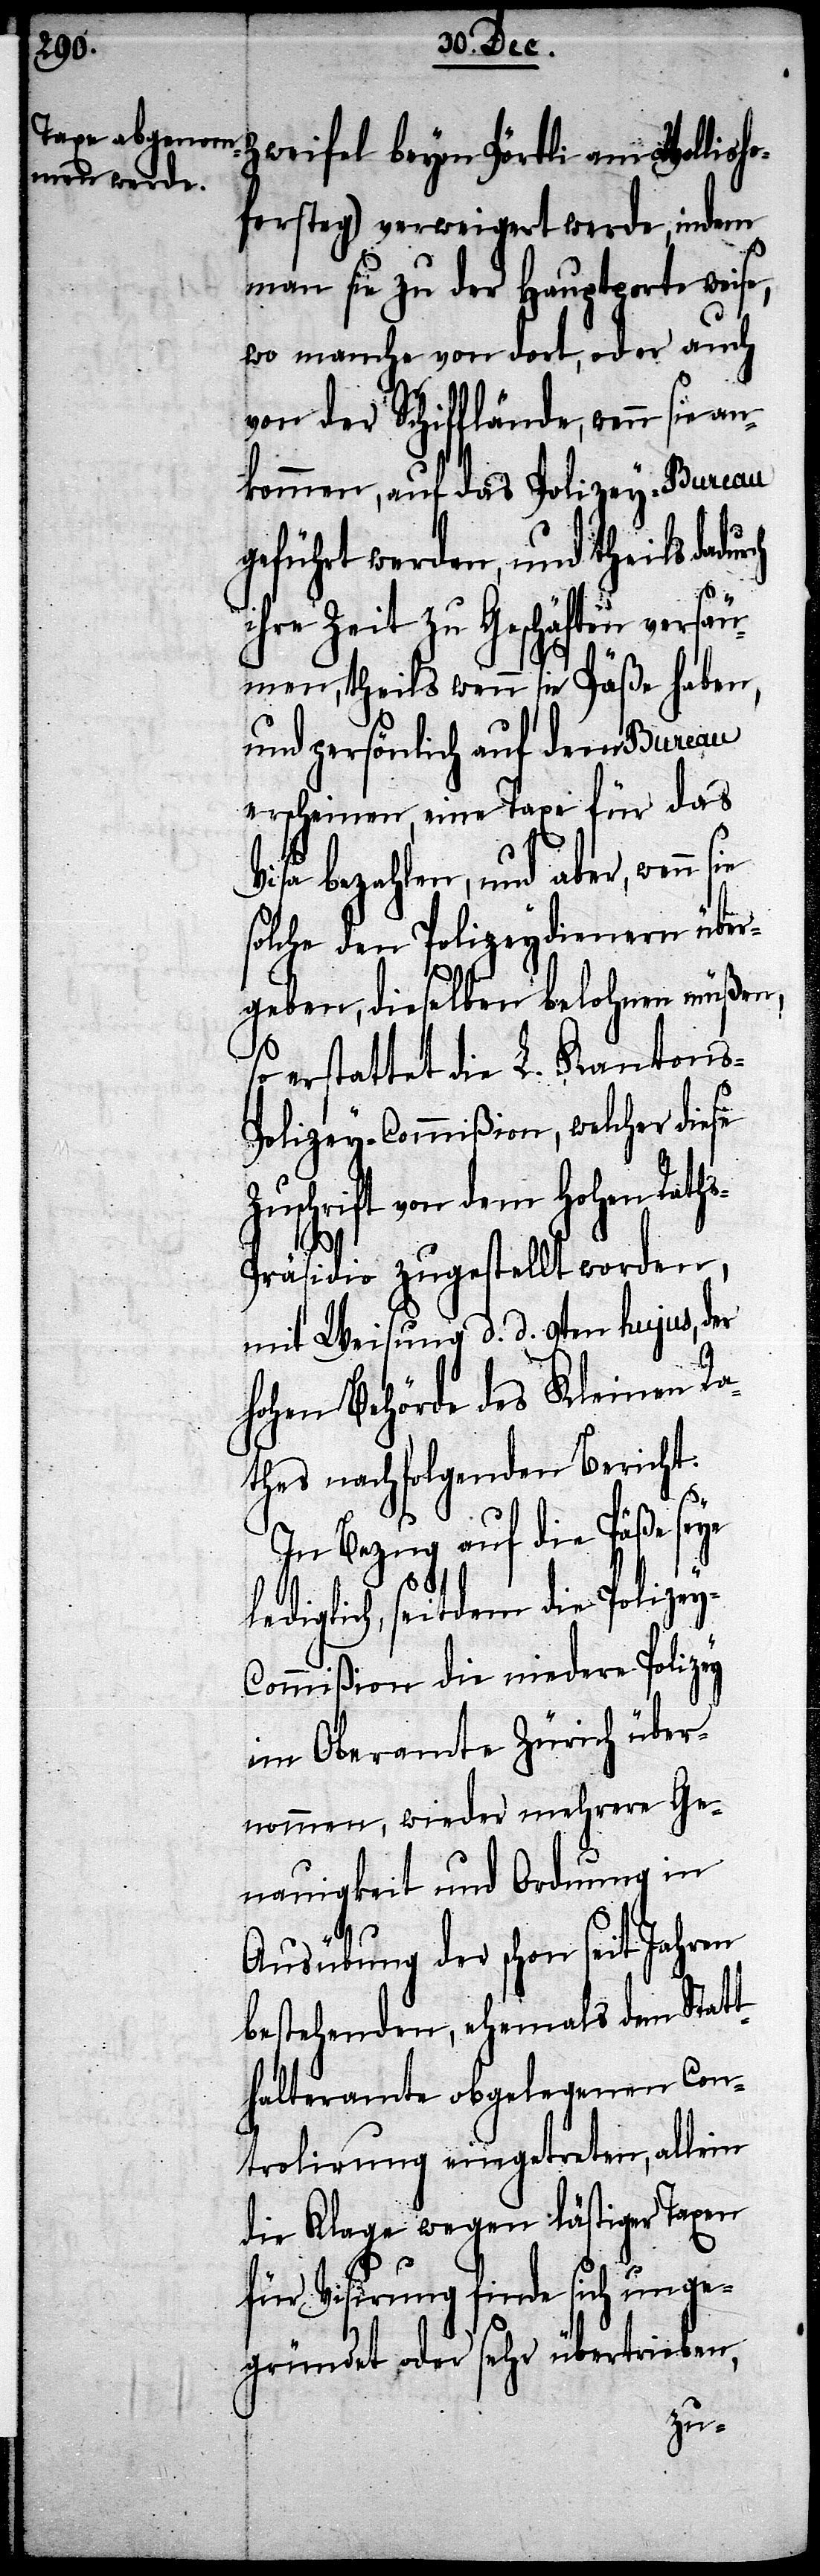
Zweifel beym Pörtli am Wollish¬
ofersteg) verweigert werde, indem
man sie zu der Hauptporte weise,
wo manche von dort, oder auch
von der Schifflände, wenn sie an¬
kommen, auf das Polizey-Bureau
geführt werden, und theils
ihre Zeit zu Geschäften versäu¬
men, theils wenn sie Päße haben,
und persönlich auf dem Bureau
erscheinen, eine Taxe für das
bezahlen, und aber, wenn
solche den Polizeydienern über¬
geben, dieselben belohnen müßen,
so erstattet die L. Kantons-P¬
olizey-Commißion, welcher diese
schrift von dem Hohen Rath¬
s-Präsidio zugestellt worden,
mit Weisung d. d. 9ten hujus, der
Hohen Behörde des Kleinen Ra¬
thes nachfolgenden Bericht:
In Bezug auf die Päße seye
diglich, seitdem die Polize¬
ommißion die niedere Polizey
im Oberamte Zürich über¬
nommen, wieder mehrere Ge¬
nauigkeit und Ordnung in
Ausübung der schon seit Jahren
bestehenden, ehemals dem Stat¬
thalteramte obgelegenen Con¬
trolirung eingetreten, allein
die Klage wegen lästiger Taxen
Visirung finde sich unge¬
gründet oder sehr übertrieben,
y-C¬